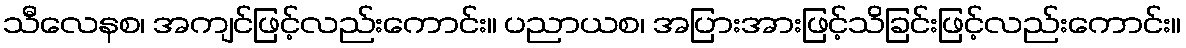
သီလေနစ၊ အကျင်ဖြင့်လည်းကောင်း။ ပညာယစ၊ အပြားအားဖြင့်သိခြင်းဖြင့်လည်းကောင်း။